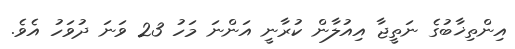
އިންތިޚާބުގެ ނަތީޖާ އިއުލާން ކުރާނީ އަންނަ މަހު 23 ވަނަ ދުވަހު އެވެ.